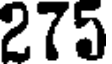
275